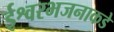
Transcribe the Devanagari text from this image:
ईश्वरभजनाकडे